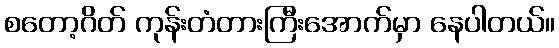
စတော့ဂိတ် ကုန်းတံတားကြီးအောက်မှာ နေပါတယ်။